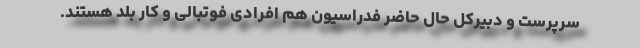
سرپرست و دبیرکل حال حاضر فدراسیون هم افرادی فوتبالی و کار بلد هستند.